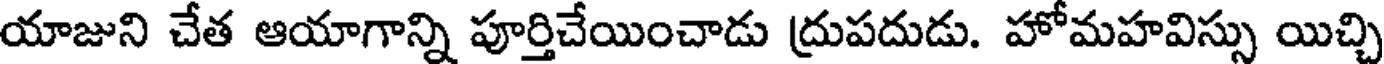
యాజుని చేత ఆయాగాన్ని పూర్తిచేయించాడు ద్రుపదుడు. హోమహవిస్సు యిచ్చి